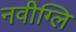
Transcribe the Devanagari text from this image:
नवीग्लि